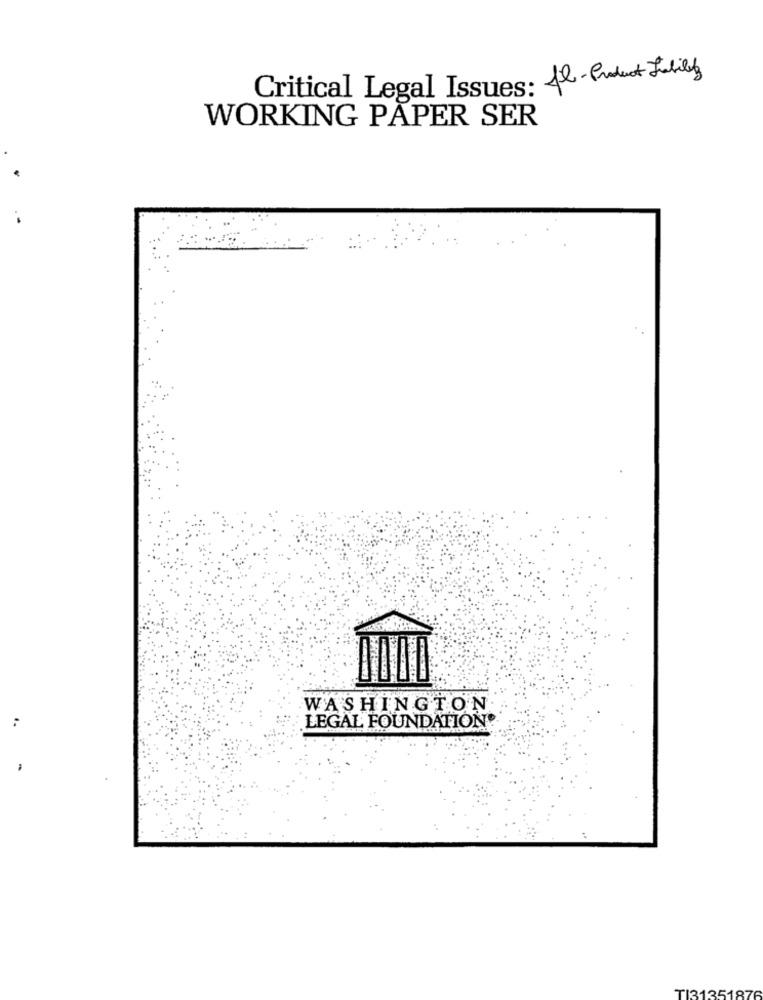
Critical Legal Issues: fl- Product Fully
WORKING PAPER SER
WASHINGTON
LEGAL FOUNDATION
TI31351876